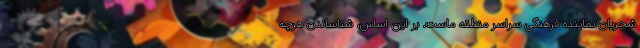
شجریان نماینده فرهنگی سراسر منطقه ماست. بر این اساس، شناساندن هرچه